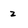
Character: 2